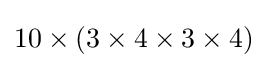
10\times (3\times 4\times 3\times 4)